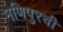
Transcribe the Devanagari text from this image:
मणिपुरची